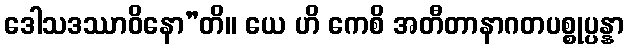
ဒေါသဒဿာဝိနော”တိ။ ယေ ဟိ ကေစိ အတီတာနာဂတပစ္စုပ္ပန္နာ